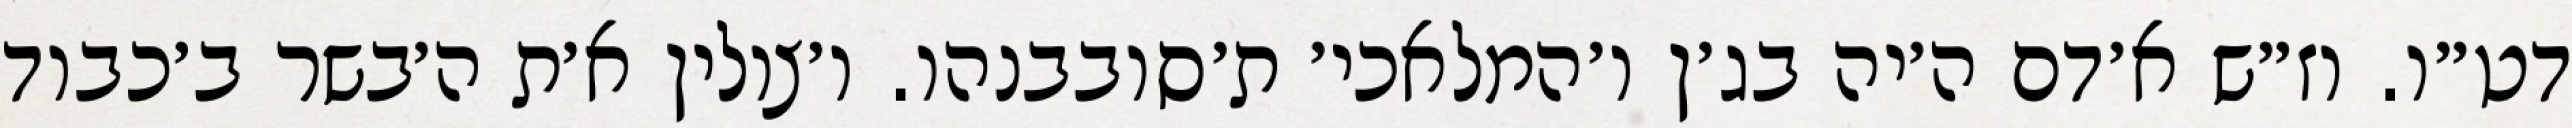
דט״ו. וז״ש א׳דם ה׳יה בג׳ן ו׳המלאכי׳ ת׳סובבנהו. ו׳צולין א׳ת ה׳בשר ב׳כבוד